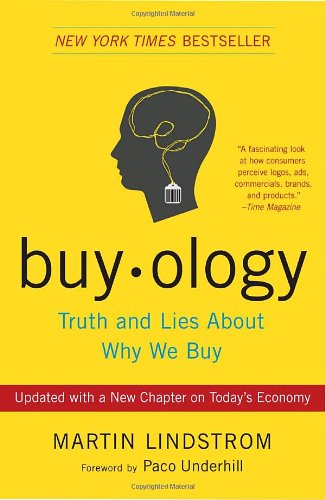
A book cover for Buyology: Truth and Lies About Why We Buy; Martin Lindstrom; Business & Money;